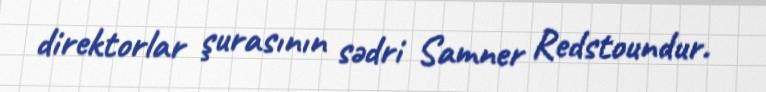
direktorlar şurasının sədri Samner Redstoundur.